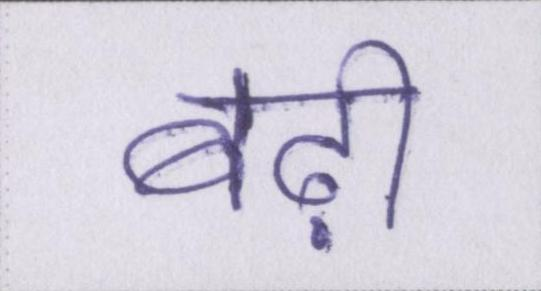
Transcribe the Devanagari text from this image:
बढ़ी